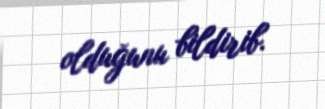
olduğunu bildirib.